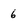
Character: 6